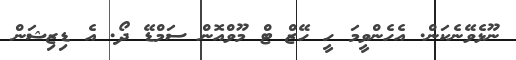
ނޫޅެވޭނެކަން. އެހެންވީމަ ހީ ހޭޒް ޓް މޫވްއޮން ސަމްޑޭ ދޯ. އެ ޑިޒިޝަން